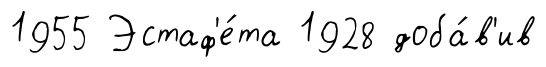
1955 Эстаф'е́та 1928 доба́в'ив